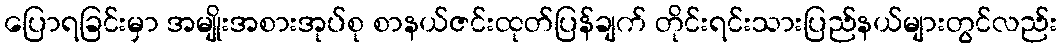
ပြောရခြင်းမှာ အမျိုးအစားအုပ်စု စာနယ်ဇင်းထုတ်ပြန်ချက် တိုင်းရင်းသားပြည်နယ်များတွင်လည်း